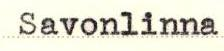
Savonlinna